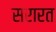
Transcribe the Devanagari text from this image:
सरारत